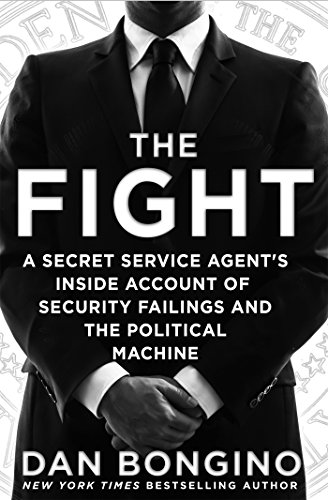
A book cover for The Fight: A Secret Service Agent's Inside Account of Security Failings and the Political Machine; Dan Bongino; Biographies & Memoirs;